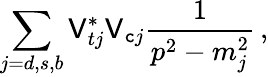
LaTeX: \sum_{j=d,s,b}\mathsf{V}_{tj}^{*}\mathsf{V}_{\mathtt{c}j}\frac{{1}}{{p^{2}-m_{j}^{2}}}\, ,